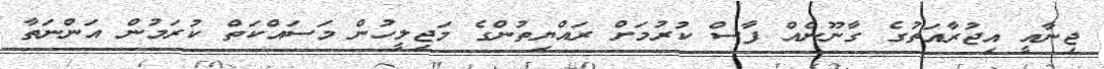
ޖިނާއީ އިޖުރާއަތުގެ ގާނޫނެއް ފާސް ކުރުމަށް ރައްޔިތުންގެ މަޖިލީހުން މަސައްކަތް ކުރަމުން އަންނަތާ